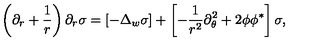
\left( \partial _ { r } + \frac 1 r \right) \partial _ { r } \sigma = \left[ - \Delta _ { w } \sigma \right] + \left[ - \frac 1 { r ^ { 2 } } \partial _ { \theta } ^ { 2 } + 2 \phi \phi ^ { * } \right] \sigma ,